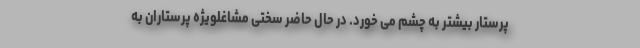
پرستار بیشتر به چشم می خورد. در حال حاضر سختی مشاغلویژه پرستاران به